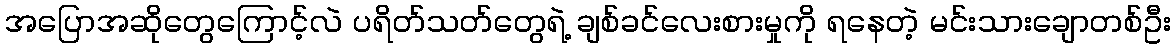
အပြောအဆိုတွေကြောင့်လဲ ပရိတ်သတ်တွေရဲ့ ချစ်ခင်လေးစားမှုကို ရနေတဲ့ မင်းသားချောတစ်ဦး